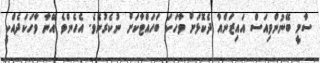
ސާމީ ބޭނުންވިއަސް އައިޒަންއާ ދެކޮޅަށް ވާހަކަ ބަހައްޓާކަށް ނުކެރުނެވެ. އެހެންވެ އޭނާ ވާހަކަދެއްކީ